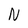
Character: N